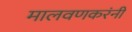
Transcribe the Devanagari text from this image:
मालवणकरंनी